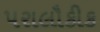
પરાલૌકીક